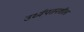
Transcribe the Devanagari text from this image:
उर्ध्वपतनशील